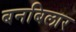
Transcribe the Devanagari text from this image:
बनबिलार